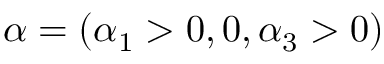
\alpha = ( \alpha _ { 1 } > 0 , 0 , \alpha _ { 3 } > 0 )